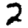
Digit: 2